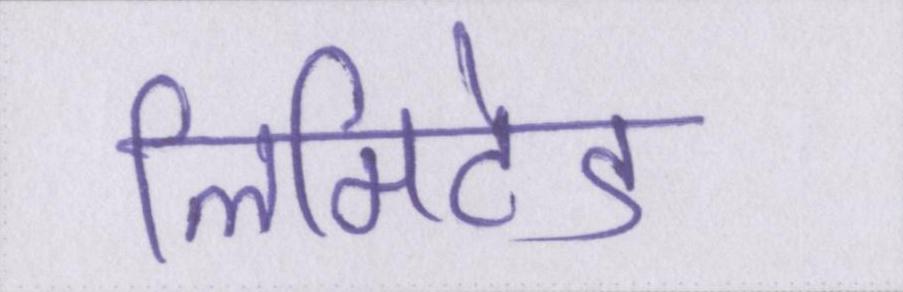
लिमिटेड